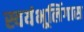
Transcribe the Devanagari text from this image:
स्वयंभूलिंगास